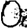
Digit: 0